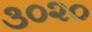
૩૦૨૦